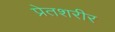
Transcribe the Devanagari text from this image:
प्रेतशरीर